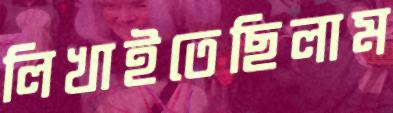
লিখাইতেছিলাম